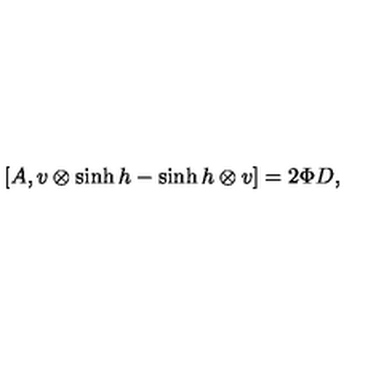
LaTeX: [ A , v \otimes \sinh h - \sinh h \otimes v ] = 2 \Phi D ,